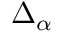
\textstyle \Delta _ { \alpha }